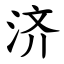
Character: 济